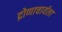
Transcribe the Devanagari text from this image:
द्रोणाचार्यला